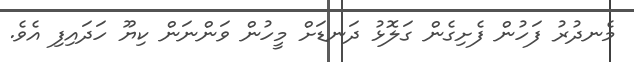
މެނދުރު ފަހުން ފެށިގެން ގަލޮޅު ދަނޑަށް މީހުން ވަންނަން ކިޔޫ ހަދައިފި އެވެ.